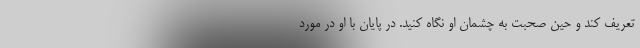
تعریف کند و حین صحبت به چشمان او نگاه کنید. در پایان با او در مورد